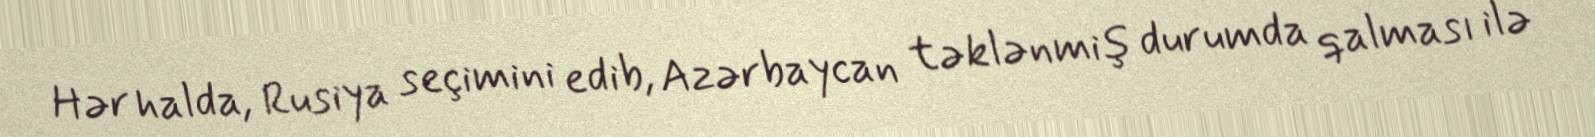
Hər halda, Rusiya seçimini edib, Azərbaycan təklənmiş durumda qalması ilə